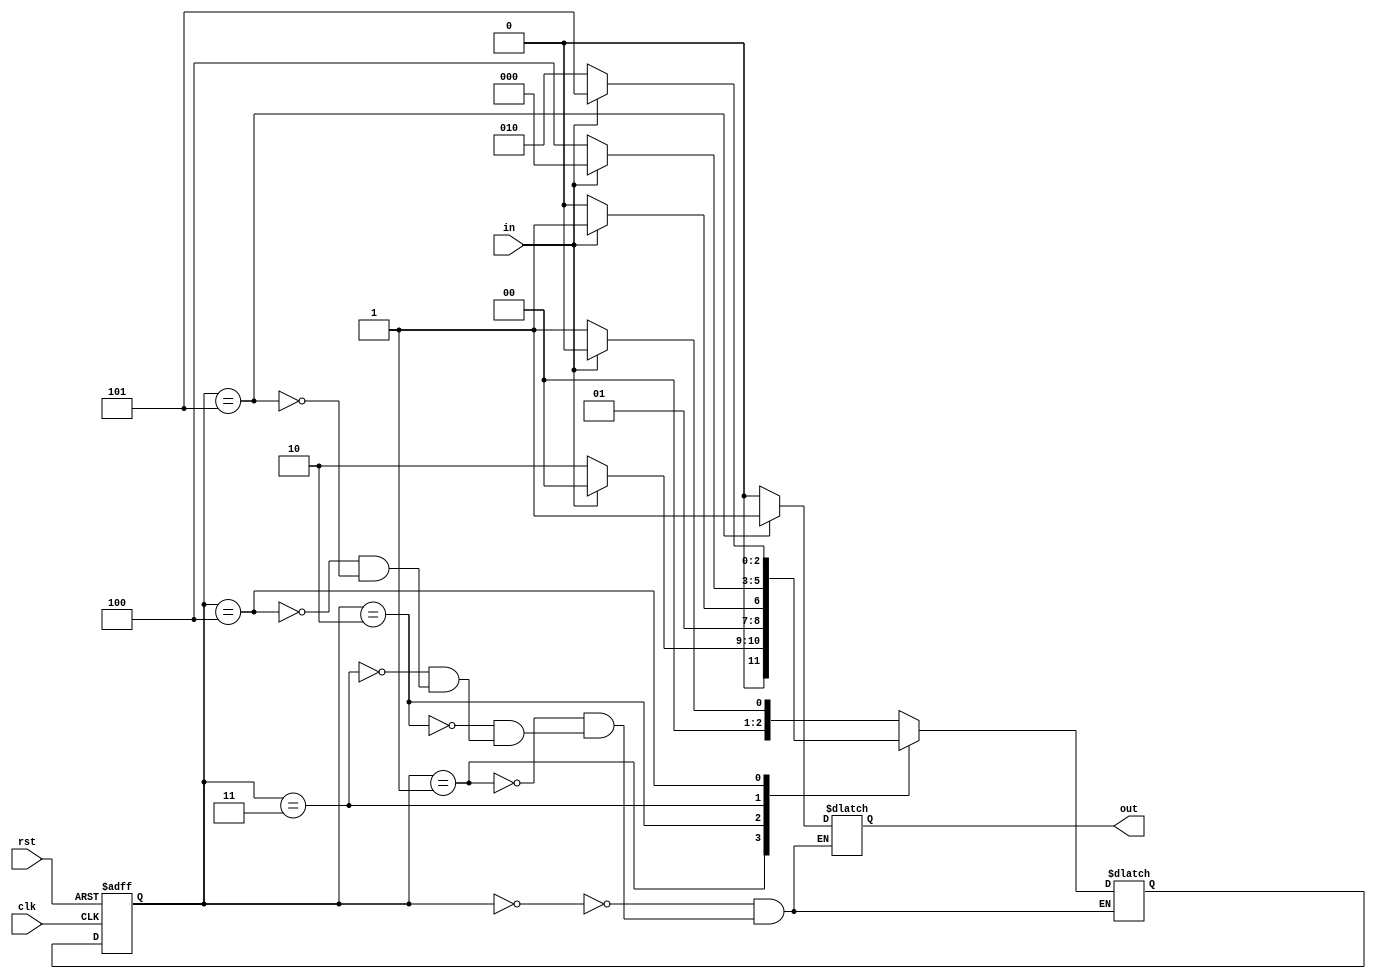
module fsm(in,rst,clk,out);
input in, rst, clk;
output reg out;
integer count;
reg [2:0]ps, ns;

parameter reset=0, b=1,bb=2,bbc=3,bbcb=4, bbcbc=5;

always @(posedge clk or posedge rst)
	begin
		if (rst)
			ps<=reset;
		else 
			ps<=ns;

	end
//0=b,1=c
initial begin
count=0;
end
always @(ps or in)
	begin
		case (ps)
			reset: begin
				ns=in?reset:b;
				out=0;
			end
			b: begin
				ns=in?reset:bb;
				out=0;
			end

			bb: begin
				ns=in?bbc:bb;
				out=0;
			end
			bbc: begin
				ns=in?reset:bbcb;
				out=0;
			end
			bbcb: begin
				ns=in?bbcbc:bb;
				out=0;
			end
			bbcbc: begin
				ns=in?reset:b;
				out=1;
				count=count+1;
			end
		endcase
	end

initial begin

	$monitor("count=%0d",count);
end
endmodule